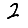
Digit: 2